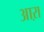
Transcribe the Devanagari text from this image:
आऱा